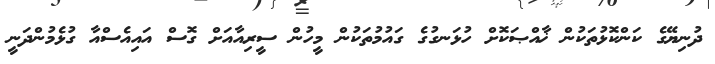
ދުނިޔޭގެ ކަންކޮޅުތަކުން ޚާއްޞަކޮށް ހުޅަނގުގެ ގައުމުތަކުން މީހުން ސީރިއާއަށް ގޮސް އައިއެސްއާ ގުޅެމުންދަނީ